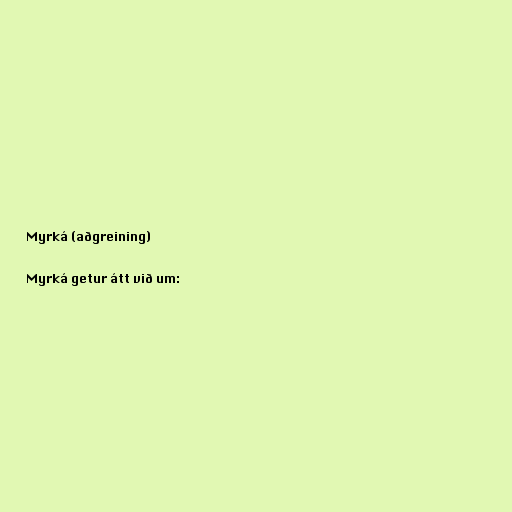
Myrká (aðgreining)

Myrká getur átt við um: